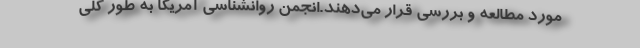
مورد مطالعه و بررسی قرار می‌دهند.انجمن روانشناسی آمریکا به طور کلی